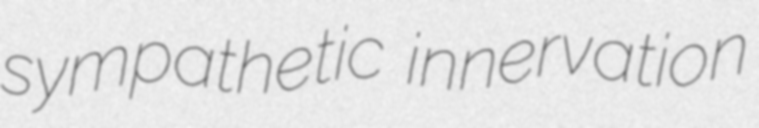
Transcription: sympathetic innervation